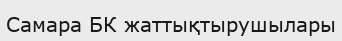
Самара БК жаттықтырушылары